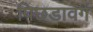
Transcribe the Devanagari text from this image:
पिछडावर्ग